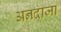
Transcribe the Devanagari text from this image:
अनदाजा